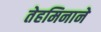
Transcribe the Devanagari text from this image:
तेहमिनाने